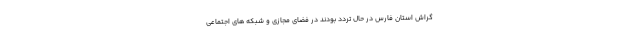
گراش استان فارس در حال تردد بودند در فضای مجازی و شبکه های اجتماعی